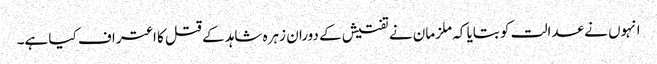
انہوں نے عدالت کو بتایا کہ ملزمان نے تفتیش کے دوران زہرہ شاہد کے قتل کا اعتراف کیا ہے۔